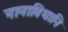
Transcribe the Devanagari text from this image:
नानाविधानि